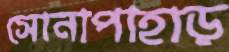
সোনাপাহাড়